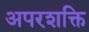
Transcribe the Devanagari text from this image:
अपरशक्ति